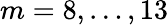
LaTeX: m=8,\ldots,13